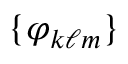
\{ \varphi _ { k \ell m } \}